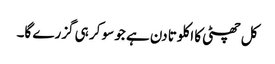
کل چھٹی کا اکلوتا دن ہے جو سو کر ہی گزرے گا۔